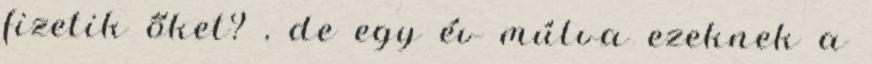
fizetik őket? , de egy év múlva ezeknek a